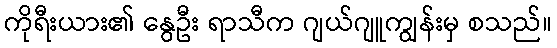
ကိုရီးယား၏ နွေဦး ရာသီက ဂျယ်ဂျူကျွန်းမှ စသည်။